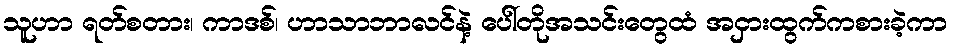
သူဟာ ရတ်စတား၊ ကာဒစ်၊ ဟာသာဘာလင်နဲ့ ပေါ်တိုအသင်းတွေထံ အငှားထွက်ကစားခဲ့ကာ